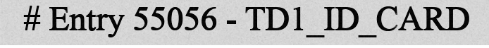
# Entry 55056 - TD1_ID_CARD